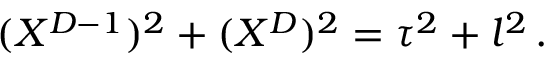
( X ^ { D - 1 } ) ^ { 2 } + ( X ^ { D } ) ^ { 2 } = \tau ^ { 2 } + l ^ { 2 } \, .